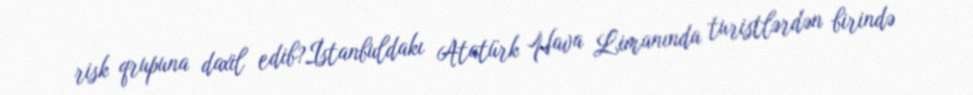
risk qrupuna daxil edib?İstanbuldakı Atatürk Hava Limanında turistlərdən birində